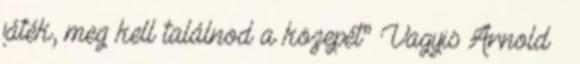
játék, meg kell találnod a közepét” Vagyis Arnold –